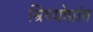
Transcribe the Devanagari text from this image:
म्रिथ्योप्रांत